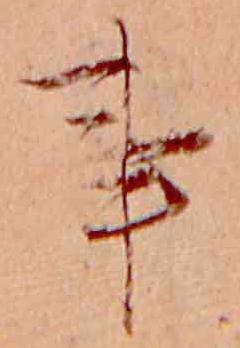
事